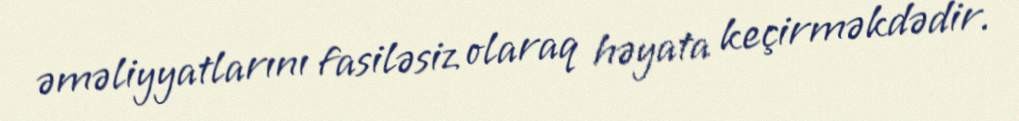
əməliyyatlarını fasiləsiz olaraq həyata keçirməkdədir.